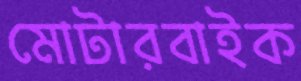
মোটারবাইক